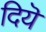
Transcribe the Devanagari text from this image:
दियॆ